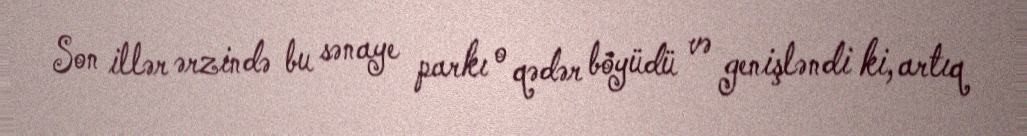
Son illər ərzində bu sənaye parkı o qədər böyüdü və genişləndi ki, artıq